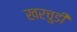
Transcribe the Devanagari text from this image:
खरचुडी